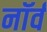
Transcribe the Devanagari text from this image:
नॉर्व